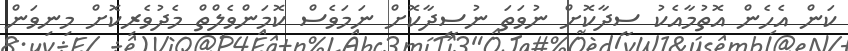
ކަން އެހެން އޮތުމާއެކު ސީދާކޮށް ނުވަތަ ނުސީދާކޮށް ނަމަވެސް ކޮމަންވެލްތް މެދުވެރިކޮށް މިނިވަން